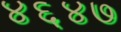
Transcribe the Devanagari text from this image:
४६४७